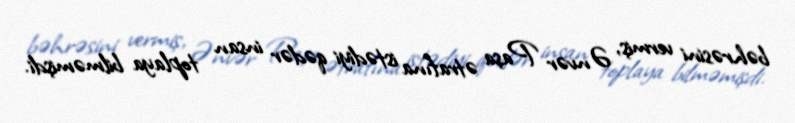
bəhrəsini vermiş, Ənvər Paşa ətrafına istədiyi qədər insan toplaya bilməmişdi.